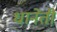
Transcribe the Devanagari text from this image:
धानेती